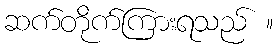
ဆက်တိုက်ကြားရသည် ။